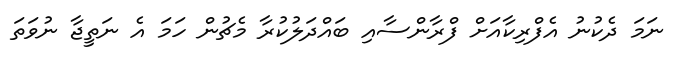
ނަމަ ދެކުނު އެފްރިކާއަށް ފްރާންސާއި ބައްދަލުކުރާ މެޗުން ހަމަ އެ ނަތީޖާ ނުވަތަ